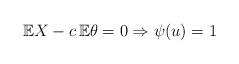
LaTeX: \begin{align*}\mathbb{E}X-c\,\mathbb{E}\theta=0 \Rightarrow \psi(u)=1\end{align*}